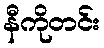
နီကိုတင်း